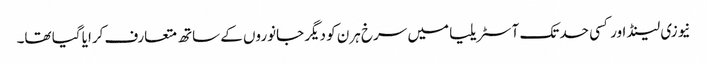
نیوزی لینڈ اور کسی حد تک آسٹریلیا میں سرخ ہرن کو دیگر جانوروں کے ساتھ متعارف کرایا گیا تھا۔